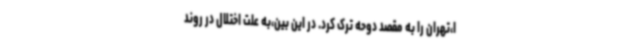
ا،تهران را به مقصد دوحه ترک کرد. در این بین،‌به علت اختلال در روند